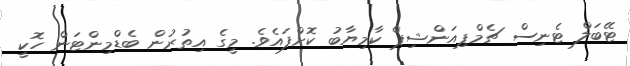
ޓޭބަލް ޓެނިސް ޗެމްޕިއަންޝިޕް ކާމިޔާބު ކޮށްފައެވެ. މީގެ އިތުރުން ބެޑްމިންޓަން ހޮކީ